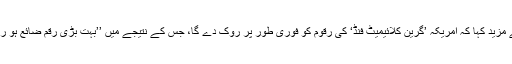
اُنھوں نے مزید کہا کہ امریکہ ’گرین کلائیمیٹ فنڈ‘ کی رقوم کو فوری طور پر روک دے گا، جس کے نتیجے میں ’’بہت بڑی رقم ضائع ہو رہی ہے‘‘۔